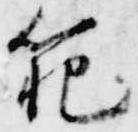
範